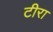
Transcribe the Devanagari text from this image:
टीरा